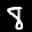
Label: 8